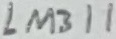
Text: LM311